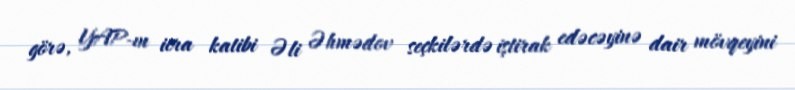
görə, YAP-ın icra katibi Əli Əhmədov seçkilərdə iştirak edəcəyinə dair mövqeyini